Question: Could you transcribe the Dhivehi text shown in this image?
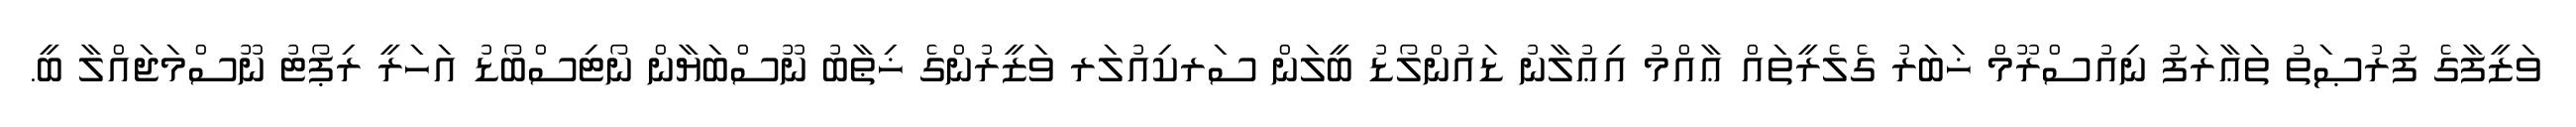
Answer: ވަޒީފާގެ ފުރުޞަތު ތަޢާރަފު ނިއުސްރޫމް ޚަބަރު ގެލެރީތައް ޢާއްމު އިޢުލާނު ޑައުންލޯޑު ބީލަން ސަރކިއުލަރ ވަޒީރުންގެ ޚިޠާބު ނޫސްބަޔާން ނޯޓިސްބޯޑު އަހަރީ ރިޕޯޓު ނޫސްމަޖައްލާ ބީ.